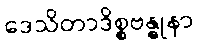
ဒေသိတာဒိစ္စဗန္ဓုနာ